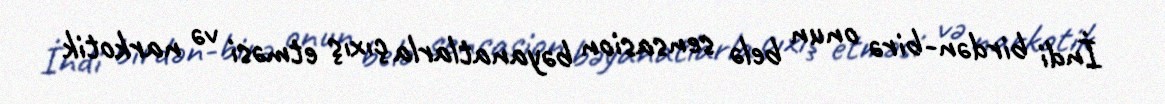
İndi birdən-birə onun belə sensasion bəyanatlarla çıxış etməsi və narkotik